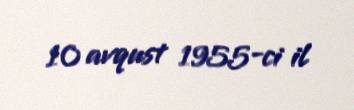
10 avqust 1955-ci il